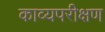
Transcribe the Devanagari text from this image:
काव्यपरीक्षण